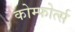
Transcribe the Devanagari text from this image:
कोम्फोर्त्स